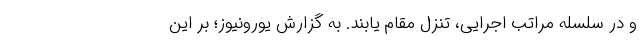
و در سلسله مراتب اجرایی، تنزل مقام یابند. به گزارش یورونیوز؛ بر این